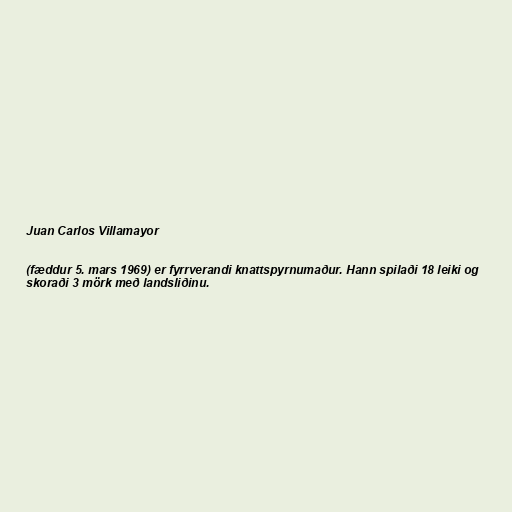
Juan Carlos Villamayor

(fæddur 5. mars 1969) er fyrrverandi knattspyrnumaður. Hann spilaði 18 leiki og
skoraði 3 mörk með landsliðinu.